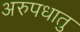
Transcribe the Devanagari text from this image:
अरुपधातु